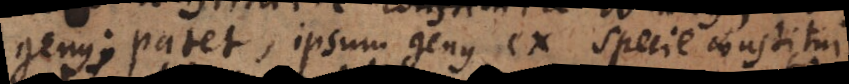
genus; patet, ipsum genus ex specie constitui,